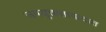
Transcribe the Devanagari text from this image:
उपयुक्ततावादात